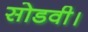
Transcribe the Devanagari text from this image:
सोडवी।